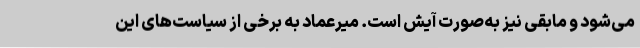
می‌شود و مابقی نیز به‌صورت آیش است. میرعماد به برخی از سیاست‌های این